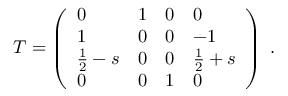
T = \left( \begin{array} { l l l l } { { 0 } } & { { 1 } } & { { 0 } } & { { 0 } } \\ { { 1 } } & { { 0 } } & { { 0 } } & { { - 1 } } \\ { { \frac { 1 } { 2 } - s } } & { { 0 } } & { { 0 } } & { { \frac { 1 } { 2 } + s } } \\ { { 0 } } & { { 0 } } & { { 1 } } & { { 0 } } \end{array} \right) \ .